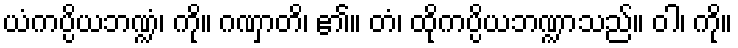
ယံကပ္ပိယဘဏ္ဍံ၊ ကို။ ဂဏှာတိ၊ ၏။ တံ၊ ထိုကပ္ပိယဘဏ္ဍာသည်။ ဝါ၊ ကို။